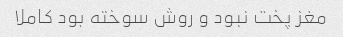
مغز پخت نبود و روش سوخته بود کاملا